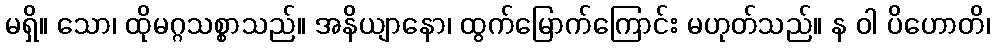
မရှိ။ သော၊ ထိုမဂ္ဂသစ္စာသည်။ အနိယျာနော၊ ထွက်မြောက်ကြောင်း မဟုတ်သည်။ န ဝါ ပိဟောတိ၊